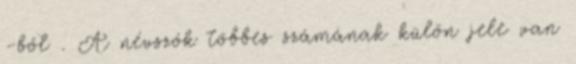
-ből . A névszók többes számának külön jele van